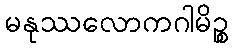
မနုဿလောကဂါမိဉ္စ